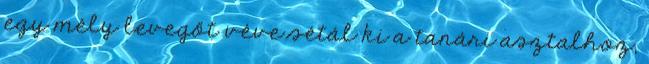
egy mély levegőt véve sétál ki a tanári asztalhoz,